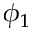
\phi _ { 1 }